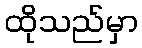
ထိုသည်မှာ